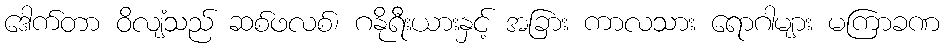
ဒေါက်တာ ဝိလျံသည် ဆစ်ဖလစ်၊ ဂနိုရီးယားနှင့် အခြား ကာလသား ရောဂါများ မကြာခဏ